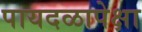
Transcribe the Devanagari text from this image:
पायदळापेक्षा